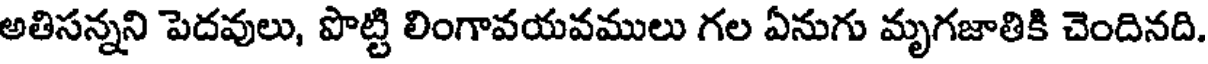
అతిసన్నని పెదవులు, పొట్టి లింగావయవములు గల ఏనుగు మృగజాతికి చెందినది.